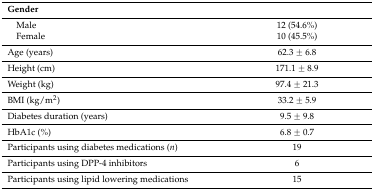
<table><thead><tr><td><b>Gender</b></td><td></td></tr></thead><tbody><tr><td> Male</td><td>12 (54.6%)</td></tr><tr><td> Female</td><td>10 (45.5%)</td></tr><tr><td>Age (years)</td><td>62.3 ± 6.8</td></tr><tr><td>Height (cm)</td><td>171.1 ± 8.9</td></tr><tr><td>Weight (kg)</td><td>97.4 ± 21.3</td></tr><tr><td>BMI (kg/m<sup>2</sup>)</td><td>33.2 ± 5.9</td></tr><tr><td>Diabetes duration (years)</td><td>9.5 ± 9.8</td></tr><tr><td>HbA1c (%)</td><td>6.8 ± 0.7</td></tr><tr><td>Participants using diabetes medications (<i>n</i>)</td><td>19</td></tr><tr><td>Participants using DPP-4 inhibitors</td><td>6</td></tr><tr><td>Participants using lipid lowering medications</td><td>15</td></tr></tbody></table>